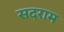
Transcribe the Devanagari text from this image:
सदराम